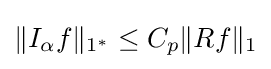
\|I_{\alpha }f\|_{1^{*}}\leq C_{p}\|Rf\|_{1}